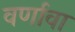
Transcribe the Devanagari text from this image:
वर्णावा